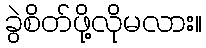
ခွဲစိတ်ဖို့လိုမလား။